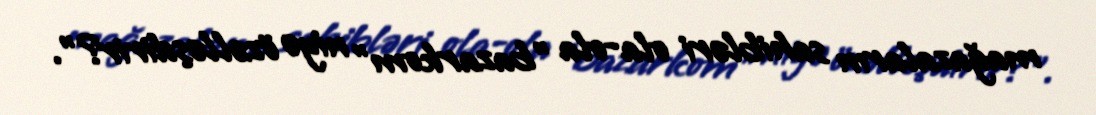
mağazaların sahibləri ola-ola ”bazarkom" niyə özəlləşdirir?".